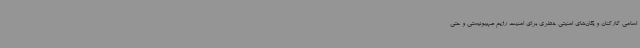
اسامی کارکنان و یگان‌های امنیتی خطری برای امنیت رژیم صهیونیستی و حتی